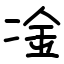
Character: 凎